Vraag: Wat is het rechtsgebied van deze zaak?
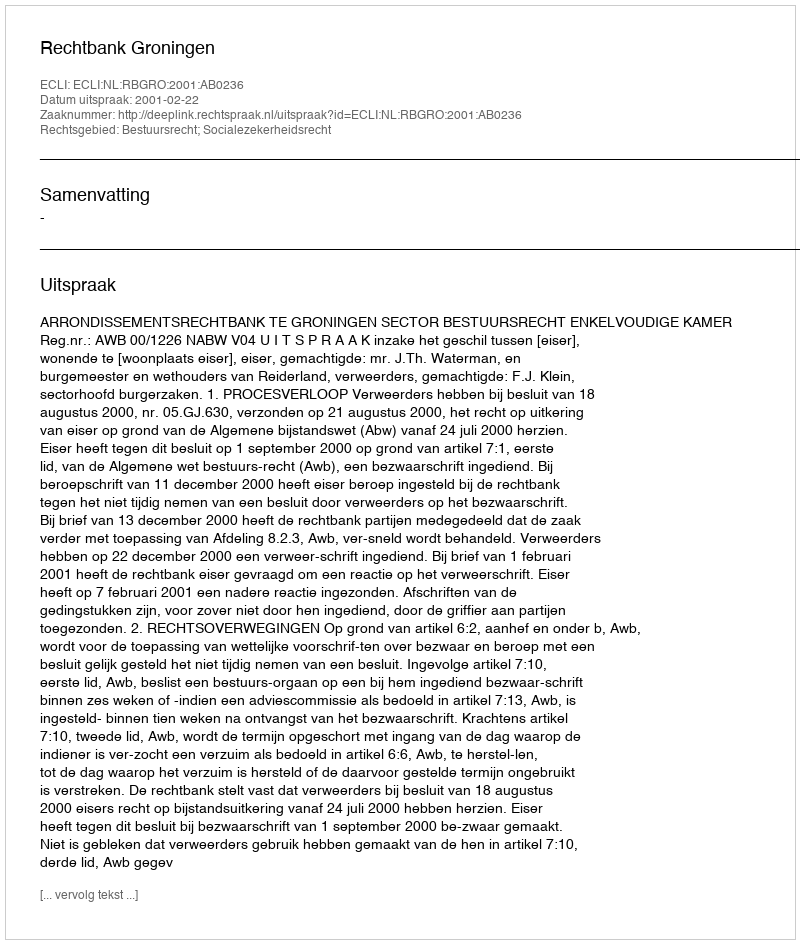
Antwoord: Bestuursrecht; Socialezekerheidsrecht